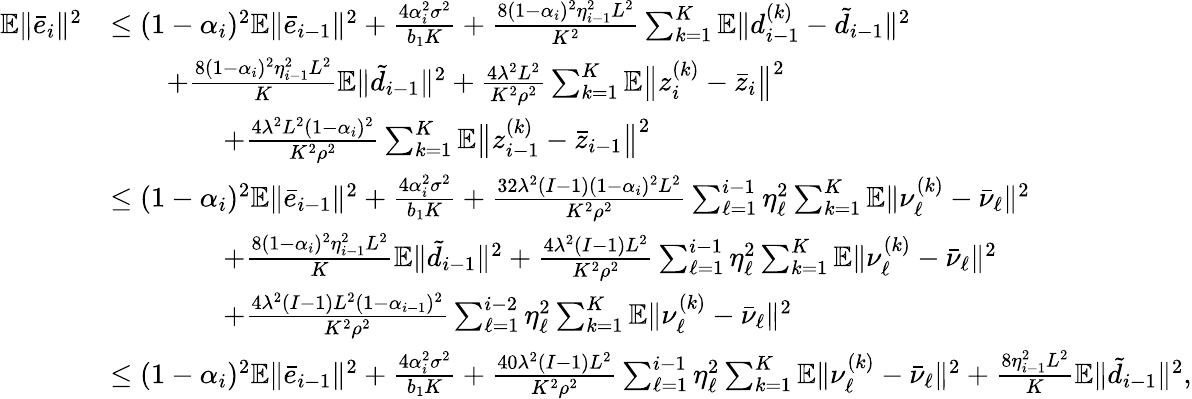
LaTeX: \begin{array}{rl}{\mathbb{E}\| \bar{e}_{i}\| ^{2}}&{\leq(1-\alpha_{i})^{2}\mathbb{E}\| \bar{e}_{i-1}\| ^{2}+\frac{4\alpha_{i}^{2}\sigma^{2}}{b_{1}K}+\frac{8(1-\alpha_{i})^{2}\eta_{i-1}^{2}L^{2}}{K^{2}}\sum_{k=1}^{K}\mathbb{E}\| d_{i-1}^{(k)}-\tilde{d}_{i-1}\| ^{2}}\\ &{\qquad+\frac{8(1-\alpha_{i})^{2}\eta_{i-1}^{2}L^{2}}{K}\mathbb{E}\| \tilde{d}_{i-1}\| ^{2}+\frac{4\lambda^{2}L^{2}}{K^{2}\rho^{2}}\sum_{k=1}^{K}\mathbb{E}\big\| z_{i}^{(k)}-\bar{z}_{i}\big\| ^{2}}\\ &{\qquad\qquad+\frac{4\lambda^{2}L^{2}(1-\alpha_{i})^{2}}{K^{2}\rho^{2}}\sum_{k=1}^{K}\mathbb{E}\big\| z_{i-1}^{(k)}-\bar{z}_{i-1}\big\| ^{2}}\\ &{\leq(1-\alpha_{i})^{2}\mathbb{E}\| \bar{e}_{i-1}\| ^{2}+\frac{4\alpha_{i}^{2}\sigma^{2}}{b_{1}K}+\frac{32\lambda^{2}(I-1)(1-\alpha_{i})^{2}L^{2}}{K^{2}\rho^{2}}\sum_{\ell=1}^{i-1}\eta_{\ell}^{2}\sum_{k=1}^{K}\mathbb{E}\| \nu_{\ell}^{(k)}-\bar{\nu}_{\ell}\| ^{2}}\\ &{\qquad\qquad+\frac{8(1-\alpha_{i})^{2}\eta_{i-1}^{2}L^{2}}{K}\mathbb{E}\| \tilde{d}_{i-1}\| ^{2}+\frac{4\lambda^{2}(I-1)L^{2}}{K^{2}\rho^{2}}\sum_{\ell=1}^{i-1}\eta_{\ell}^{2}\sum_{k=1}^{K}\mathbb{E}\| \nu_{\ell}^{(k)}-\bar{\nu}_{\ell}\| ^{2}}\\ &{\qquad\qquad+\frac{4\lambda^{2}(I-1)L^{2}(1-\alpha_{i-1})^{2}}{K^{2}\rho^{2}}\sum_{\ell=1}^{i-2}\eta_{\ell}^{2}\sum_{k=1}^{K}\mathbb{E}\| \nu_{\ell}^{(k)}-\bar{\nu}_{\ell}\| ^{2}}\\ &{\leq(1-\alpha_{i})^{2}\mathbb{E}\| \bar{e}_{i-1}\| ^{2}+\frac{4\alpha_{i}^{2}\sigma^{2}}{b_{1}K}+\frac{40\lambda^{2}(I-1)L^{2}}{K^{2}\rho^{2}}\sum_{\ell=1}^{i-1}\eta_{\ell}^{2}\sum_{k=1}^{K}\mathbb{E}\| \nu_{\ell}^{(k)}-\bar{\nu}_{\ell}\| ^{2}+\frac{8\eta_{i-1}^{2}L^{2}}{K}\mathbb{E}\| \tilde{d}_{i-1}\| ^{2},}\end{array}